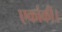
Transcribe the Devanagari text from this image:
एकांकी।